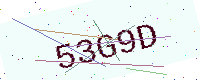
Text: 53G9D